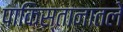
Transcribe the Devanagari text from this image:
पाकिस्तानातले